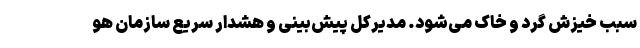
سبب خیزش گرد و خاک می‌شود. مدیرکل پیش‌بینی و هشدار سریع سازمان هو